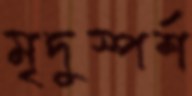
মৃদুস্পর্শ